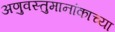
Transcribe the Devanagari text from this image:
अणुवस्तुमानांकाच्या